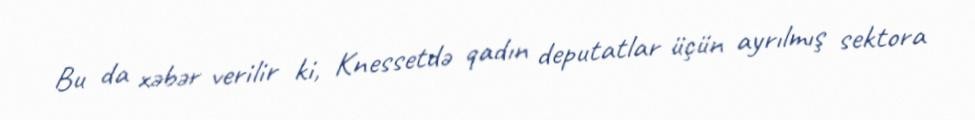
Bu da xəbər verilir ki, Knessetdə qadın deputatlar üçün ayrılmış sektora